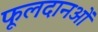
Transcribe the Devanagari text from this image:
फूलदानओं